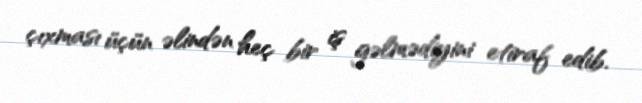
çıxması üçün əlindən heç bir iş gəlmədiyini etiraf edib.